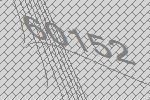
60152